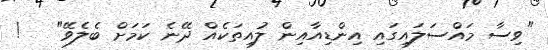
"ވިސާ މައްސަލައިގައި އިންޑިއާއިން ލުއިތަކެއް ދޭނެ ކަމަށް ބެލެވޭ"   !